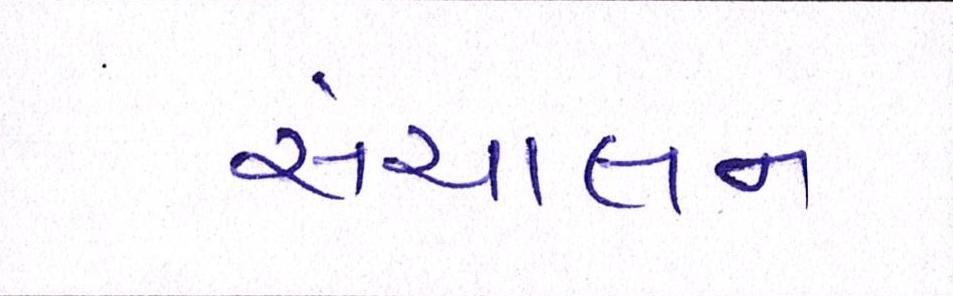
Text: સંચાલન